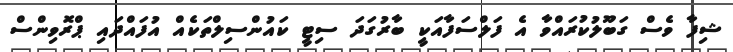
ޝިފާ ވެސް ގަބޫލުކުރައްވާ އެ ފަލްސަފާއަކީ ބާރުގަދަ ސިޓީ ކައުންސިލްތަކެއް އުފައްދައި ޕްރޮވިންސް